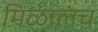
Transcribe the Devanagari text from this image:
मिळालंच